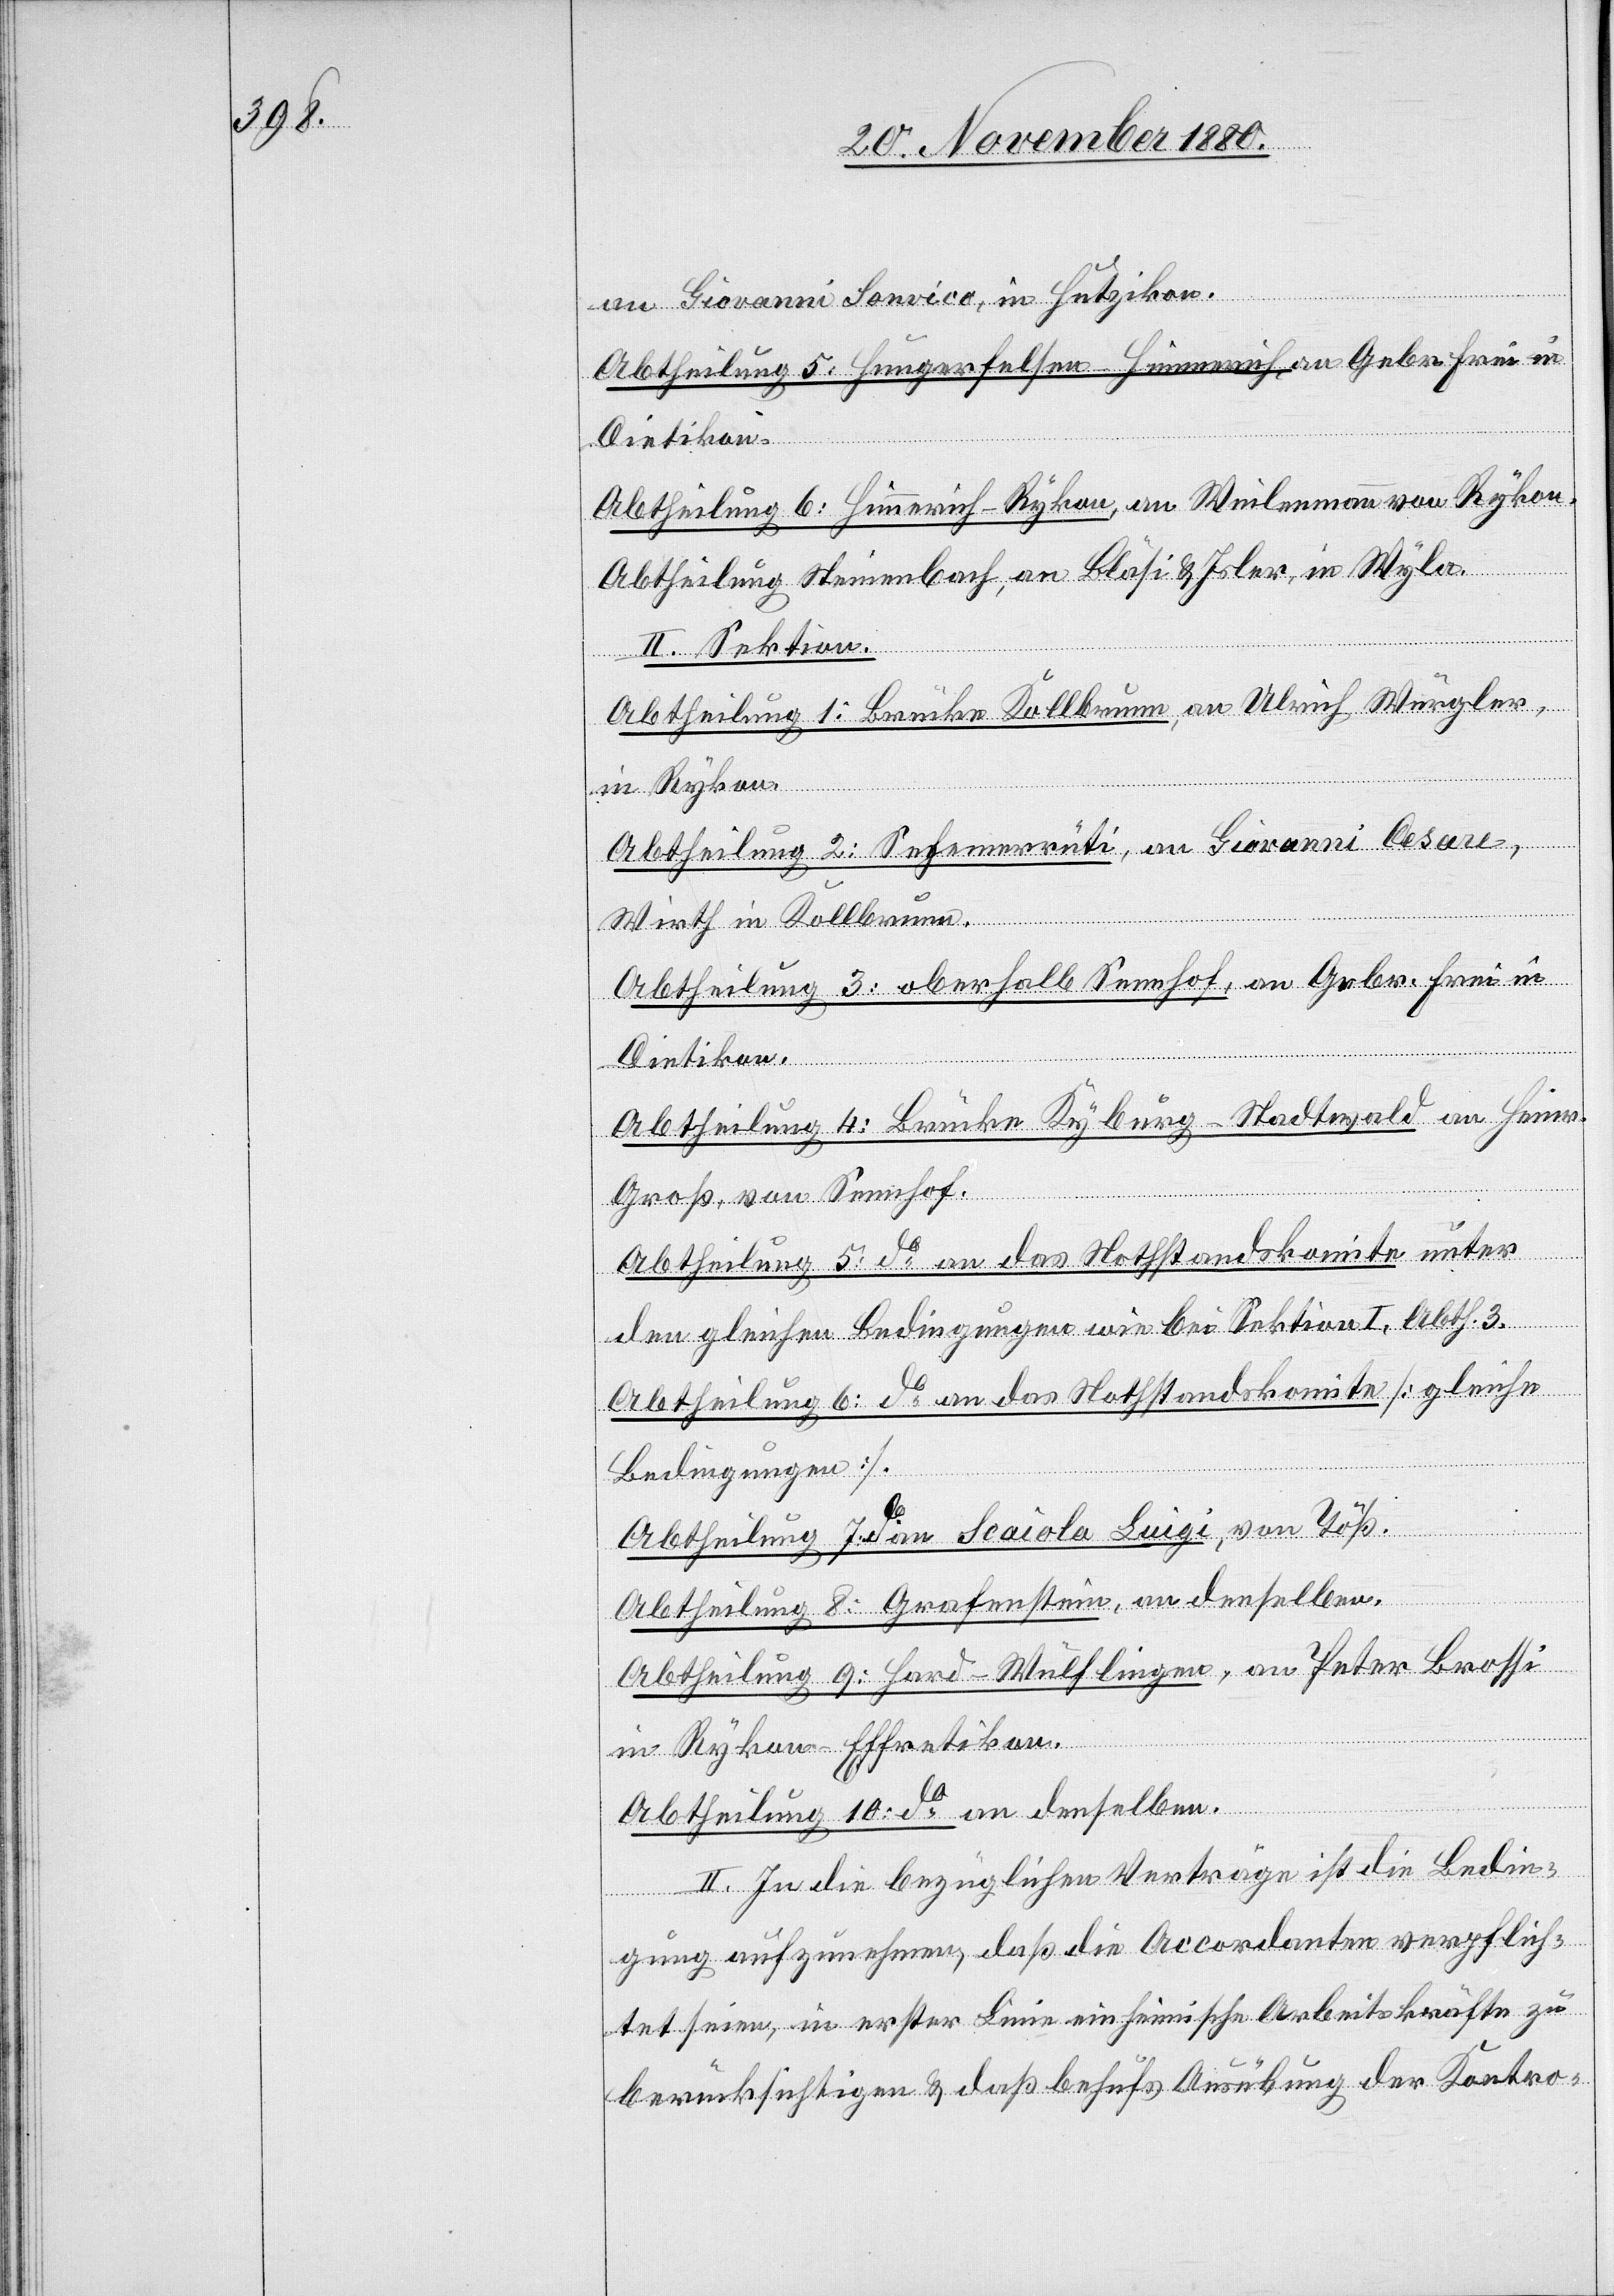
an Giovanni Sonvico, in Hutizikon.
Abtheilung 5: Hungerfelsen–Hinnenrich, an Gebr. Frei in
Dietikon.
Abtheilung 6: Hinnenrich–Rykon, an Weilenmann von Rykon.
Abtheilung Steinenbach, an Bläsi & Isler, in Wyla.
II. Sektion.
Abtheilung 1: Brücke Kollbrunn, an Ulrich Würgler,
in Rykon.
Abtheilung 2: Sehemerrüti, an Giovanni Cesare,
Wirth in Kollbrunn.
Abtheilung 3: oberhalb Sennhof, an Gebr. Frei in
Dietikon.
Abtheilung 4: Brücke Kyburg–Stadtwald an Heinr.
Groß, von Sennhof.
Abtheilung 5: do an das Nothstandskomite unter
den gleichen Bedingungen wie bei Sektion I, Abth. 3.
Abtheilung 6: do an das Nothstandskomite [gleiche
Bedingungen].
Abtheilung 7: do an Scailola Luigi, von Töß.
Abtheilung 8: Grafenstein, an denselben.
Abtheilung 9: Hard–Wülflingen, an Peter Brossi
in Rykon–Effretikon.
Abtheilung 10: do an denselben.
II. In die bezüglichen Verträge ist die Bedin¬
gung aufzunehmen, daß die Accordanten verpflich¬
tet seien, in erster Linie einheimische Arbeitskräfte zu
berücksichtigen & daß behufs Ausübung der Kontro-